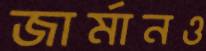
জার্মানও